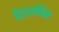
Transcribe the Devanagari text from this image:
टेटलॉक